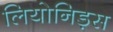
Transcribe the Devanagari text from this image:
लियोनिड़स